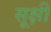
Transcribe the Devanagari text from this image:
सूक्षी